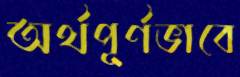
অর্থপূর্ণভাবে